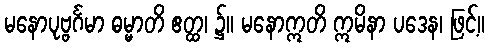
မနောပုဗ္ဗင်္ဂမာ ဓမ္မာတိ ဧတ္ထ၊ ၌။ မနောဣတိ ဣမိနာ ပဒေန၊ ဖြင့်။